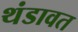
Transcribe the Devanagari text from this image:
थंडावत